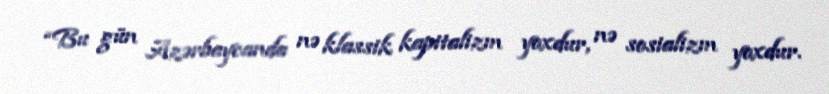
“Bu gün Azərbaycanda nə klassik kapitalizm yoxdur, nə sosializm yoxdur.